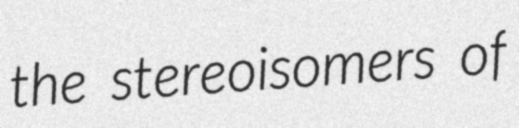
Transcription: the stereoisomers of